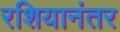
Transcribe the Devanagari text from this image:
रशियानंतर